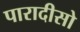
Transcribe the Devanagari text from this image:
पारादीसो